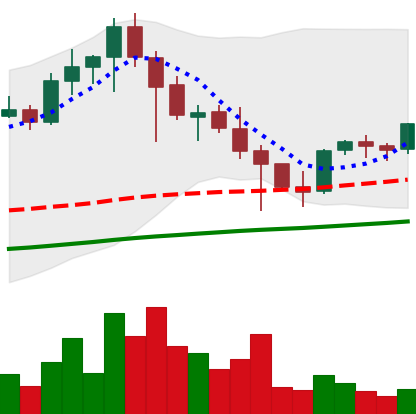
Ticker: EOS-USD
Chart end date: 2021-04-30
Forward return: 36.338%
Label: up_7plus